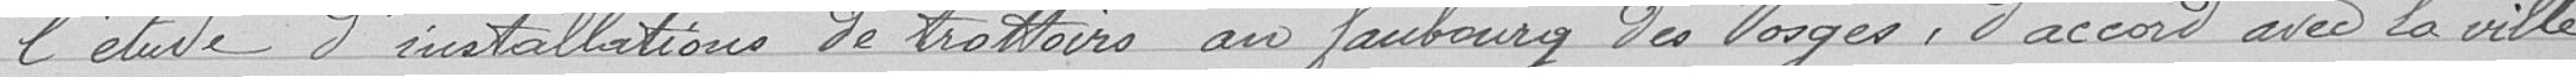
l'étude d'installations de trottoirs au foubourg des Vosges, d'accord avec la ville